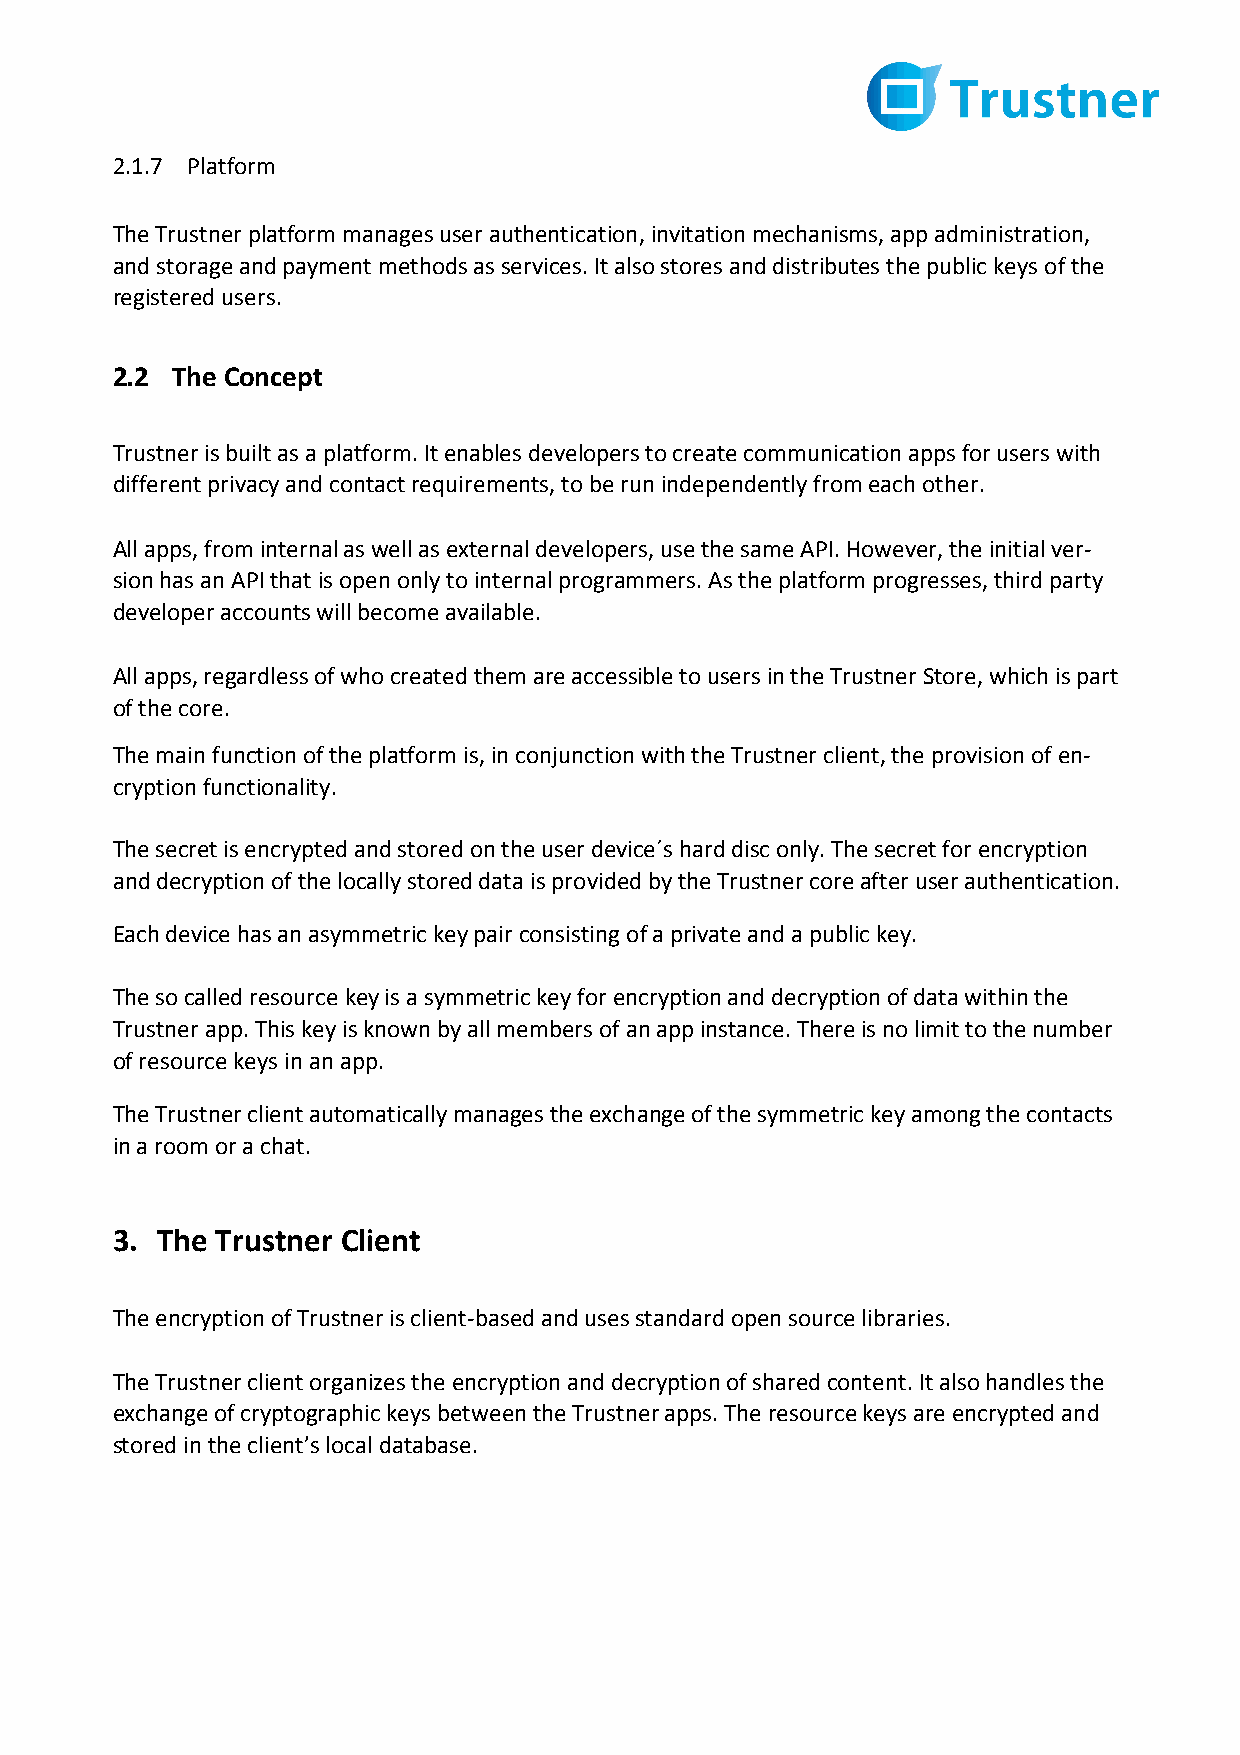
2.1.7 Platform
 The Trustner platform manages user authentication, invitation mechanisms, app administration,
 and storage and payment methods as services. It also stores and distributes the public keys of the
 registered users.
 2.2 The Concept
 Trustner is built as a platform. It enables developers to create communication apps for users with
 different privacy and contact requirements, to be run independently from each other.
 All apps, from internal as well as external developers, use the same API. However, the initial ver-
 sion has an API that is open only to internal programmers. As the platform progresses, third party
 developer accounts will become available.
 All apps, regardless of who created them are accessible to users in the Trustner Store, which is part
 of the core.
 The main function of the platform is, in conjunction with the Trustner client, the provision of en-
 cryption functionality.
 The secret is encrypted and stored on the user device´s hard disc only. The secret for encryption
 and decryption of the locally stored data is provided by the Trustner core after user authentication.
 Each device has an asymmetric key pair consisting of a private and a public key.
 The so called resource key is a symmetric key for encryption and decryption of data within the
 Trustner app. This key is known by all members of an app instance. There is no limit to the number
 of resource keys in an app.
 The Trustner client automatically manages the exchange of the symmetric key among the contacts
 in a room or a chat.
 3. The Trustner Client
 The encryption of Trustner is client-based and uses standard open source libraries.
 The Trustner client organizes the encryption and decryption of shared content. It also handles the
 exchange of cryptographic keys between the Trustner apps. The resource keys are encrypted and
 stored in the client’s local database.